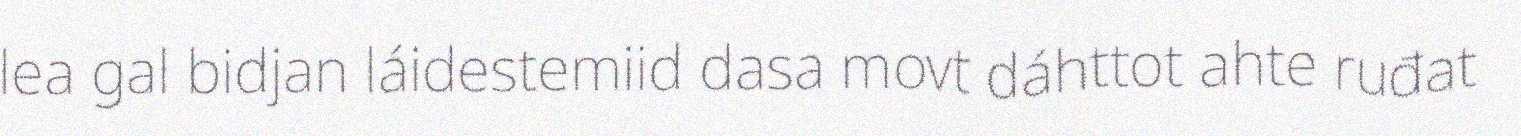
lea gal bidjan láidestemiid dasa movt dáhttot ahte ruđat